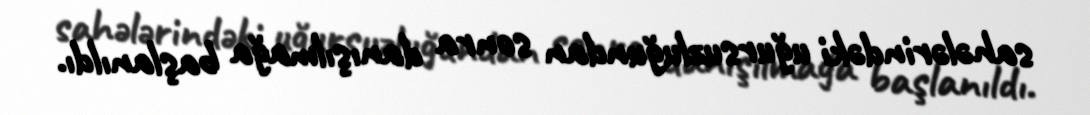
sahələrindəki uğursuzluğundan sonra danışılmağa başlanıldı.